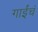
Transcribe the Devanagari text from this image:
गाईंचं